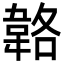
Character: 𩎬